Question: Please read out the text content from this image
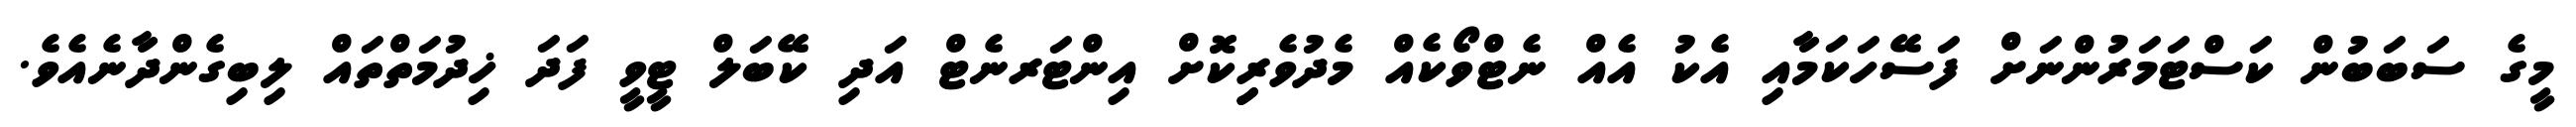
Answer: މީގެ ސަބަބުން ކަސްޓަމަރުންނަށް ފަސޭހަކަމާއި އެކު އެއް ނެޓްވޯކެއް މެދުވެރިިކޮށް އިންޓަރނެޓް އަދި ކޭބަލް ޓީވީ ފަދަ ޚިދުމަތްތައް ލިބިގެންދާނެއެވެ.